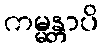
ကမ္မန္တာပိ